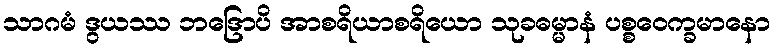
သာဂမံ ဒွယဿ ဘဒြောပိ အာစရိယာစရိယော သုခဓမ္မာနံ ပစ္စဝေက္ခမာနော